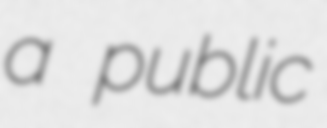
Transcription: a public